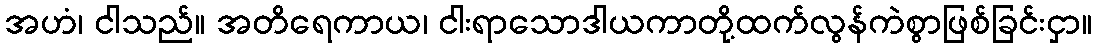
အဟံ၊ ငါသည်။ အတိရေကာယ၊ ငါးရာသောဒါယကာတို့ထက်လွန်ကဲစွာဖြစ်ခြင်းငှာ။